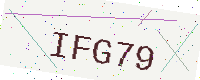
Text: IFG79